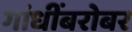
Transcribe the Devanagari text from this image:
गांधींबरोबर